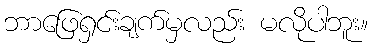
ဘာဖြေရှင်းချက်မှလည်း မလိုပါဘူး။